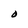
Character: O